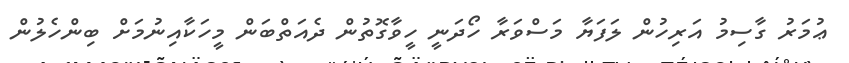
ޢުމަރު ގާސިމު އަރިހުުން ލަފަޔާ މަސްވަރާ ހޯދަނީ ހީވާގޮތުން ދެއަތްބަން މީހަކާއިނުމަށް ބިންހެލުން